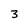
Character: 3